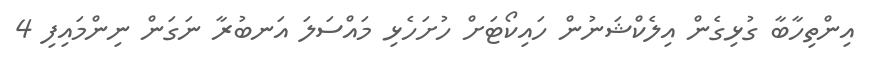
އިންތިހާބާ ގުޅިގެން އިލެކްޝަނުން ހައިކޯޓަށް ހުށަހެޅި މައްސަަލަ އަނބުރާ ނަގަން ނިންމައިފި 4